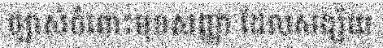
ច្បាស់ចំពោះមុខសញ្ញា ដែលសង្ស័យ